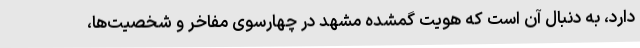
دارد، به دنبال آن است که هویت گمشده مشهد در چهارسوی مفاخر و شخصیت‌ها،